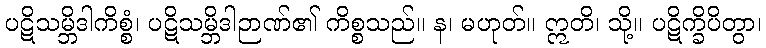
ပဋိသမ္ဘိဒါကိစ္စံ၊ ပဋိသမ္ဘိဒါဉာဏ်၏ ကိစ္စသည်။ န၊ မဟုတ်။ ဣတိ၊ သို့။ ပဋိက္ခိပိတွာ၊